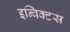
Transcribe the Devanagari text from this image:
इन्विक्टस